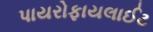
પાયરોફાયલાઈટ